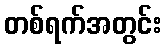
တစ်ရက်အတွင်း